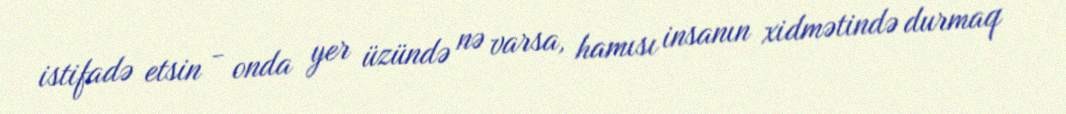
istifadə etsin - onda yer üzündə nə varsa, hamısı insanın xidmətində durmaq